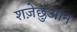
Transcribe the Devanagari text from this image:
शज़ेछुआन